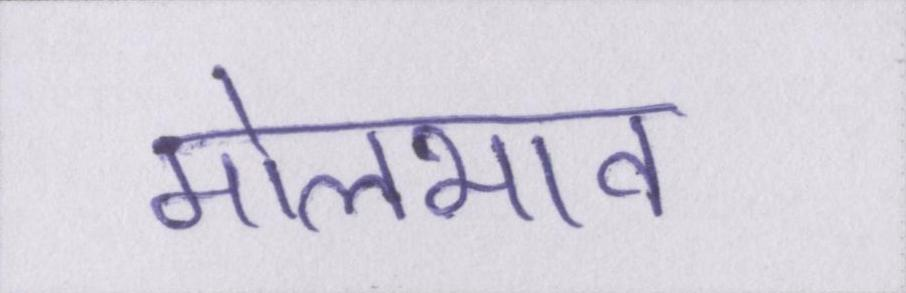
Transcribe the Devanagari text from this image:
मोलभाव